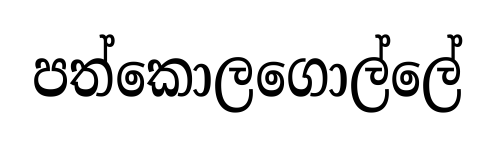
පත්කොලගොල්ලේ